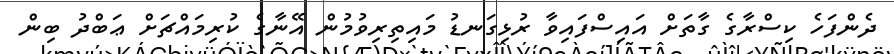
ދެންފަހެ ކިސްރާގެ ގާތަށް އައިސްފައިވާ ރުޅިގަނޑު މައިތިރިވުމުން އޭނާގެ ކުރިމައްޗަށް ޢަބްދު ބިން